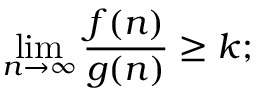
\operatorname* { l i m } _ { n \to \infty } \frac { f ( n ) } { g ( n ) } \geq k ;